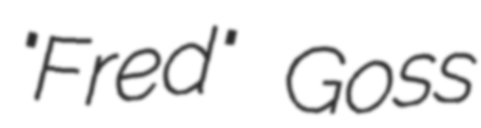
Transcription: "Fred" Goss